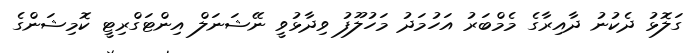
ގަލޮޅު ދެކުނު ދާއިރާގެ މެމްބަރު އަހުމަދު މަހުލޫފު ވިދާޅުވީ ނޭޝަނަލް އިންޓަގްރިޓީ ކޮމިޝަންގެ